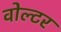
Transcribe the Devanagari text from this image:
वोल्टर